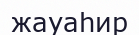
жауаһир